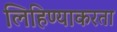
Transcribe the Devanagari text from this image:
लिहिण्याकरता